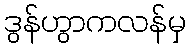
ဒွန်ဟွာကလန်မှ